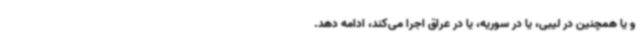
و یا همچنین در لیبی، یا در سوریه، یا در عراق اجرا می‌کند، ادامه دهد.